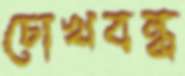
চোখবন্ধ